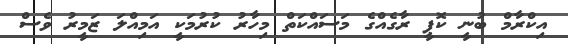
އިކްރާމް ބުނީ ކޮޕީ ރާގެއްގެ މަސައްކަތް މިހާރު ކުރުމަކީ އަމިއްލަ ޒަމީރު ވެސް